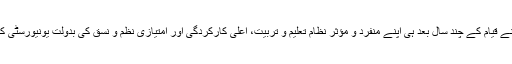
الحمد للہ تعالی یہ دانش گاہ اپنے قیام کے چند سال بعد ہی اپنے منفرد و مؤثر نظام تعلیم و تربیت، اعلیٰ کارکردگی اور امتیازی نظم و نسق کی بدولت یونیورسٹی کی حیثیت اختیار کرچکی ہے۔